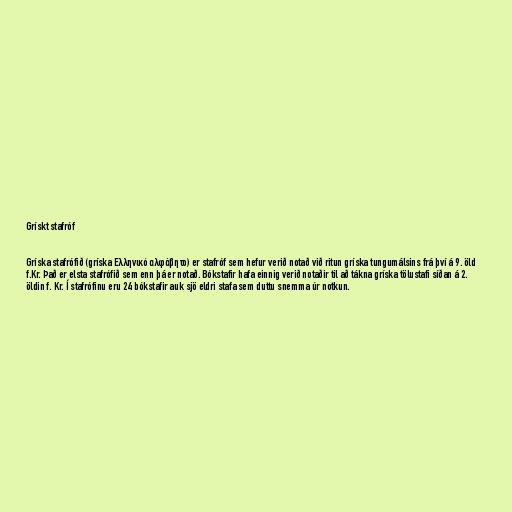
Grískt stafróf

Gríska stafrófið (gríska Ελληνικό αλφάβητο) er stafróf sem hefur verið notað við ritun gríska tungumálsins frá því á 9. öld
f.Kr. Það er elsta stafrófið sem enn þá er notað. Bókstafir hafa einnig verið notaðir til að tákna gríska tölustafi síðan á 2.
öldin f. Kr. Í stafrófinu eru 24 bókstafir auk sjö eldri stafa sem duttu snemma úr notkun.